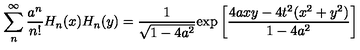
\sum _ { n } ^ { \infty } { \frac { a ^ { n } } { n ! } } H _ { n } ( x ) H _ { n } ( y ) = { \frac { 1 } { \sqrt { 1 - 4 a ^ { 2 } } } } \mathrm { e x p } \left[ { \frac { 4 a x y - 4 t ^ { 2 } ( x ^ { 2 } + y ^ { 2 } ) } { 1 - 4 a ^ { 2 } } } \right]